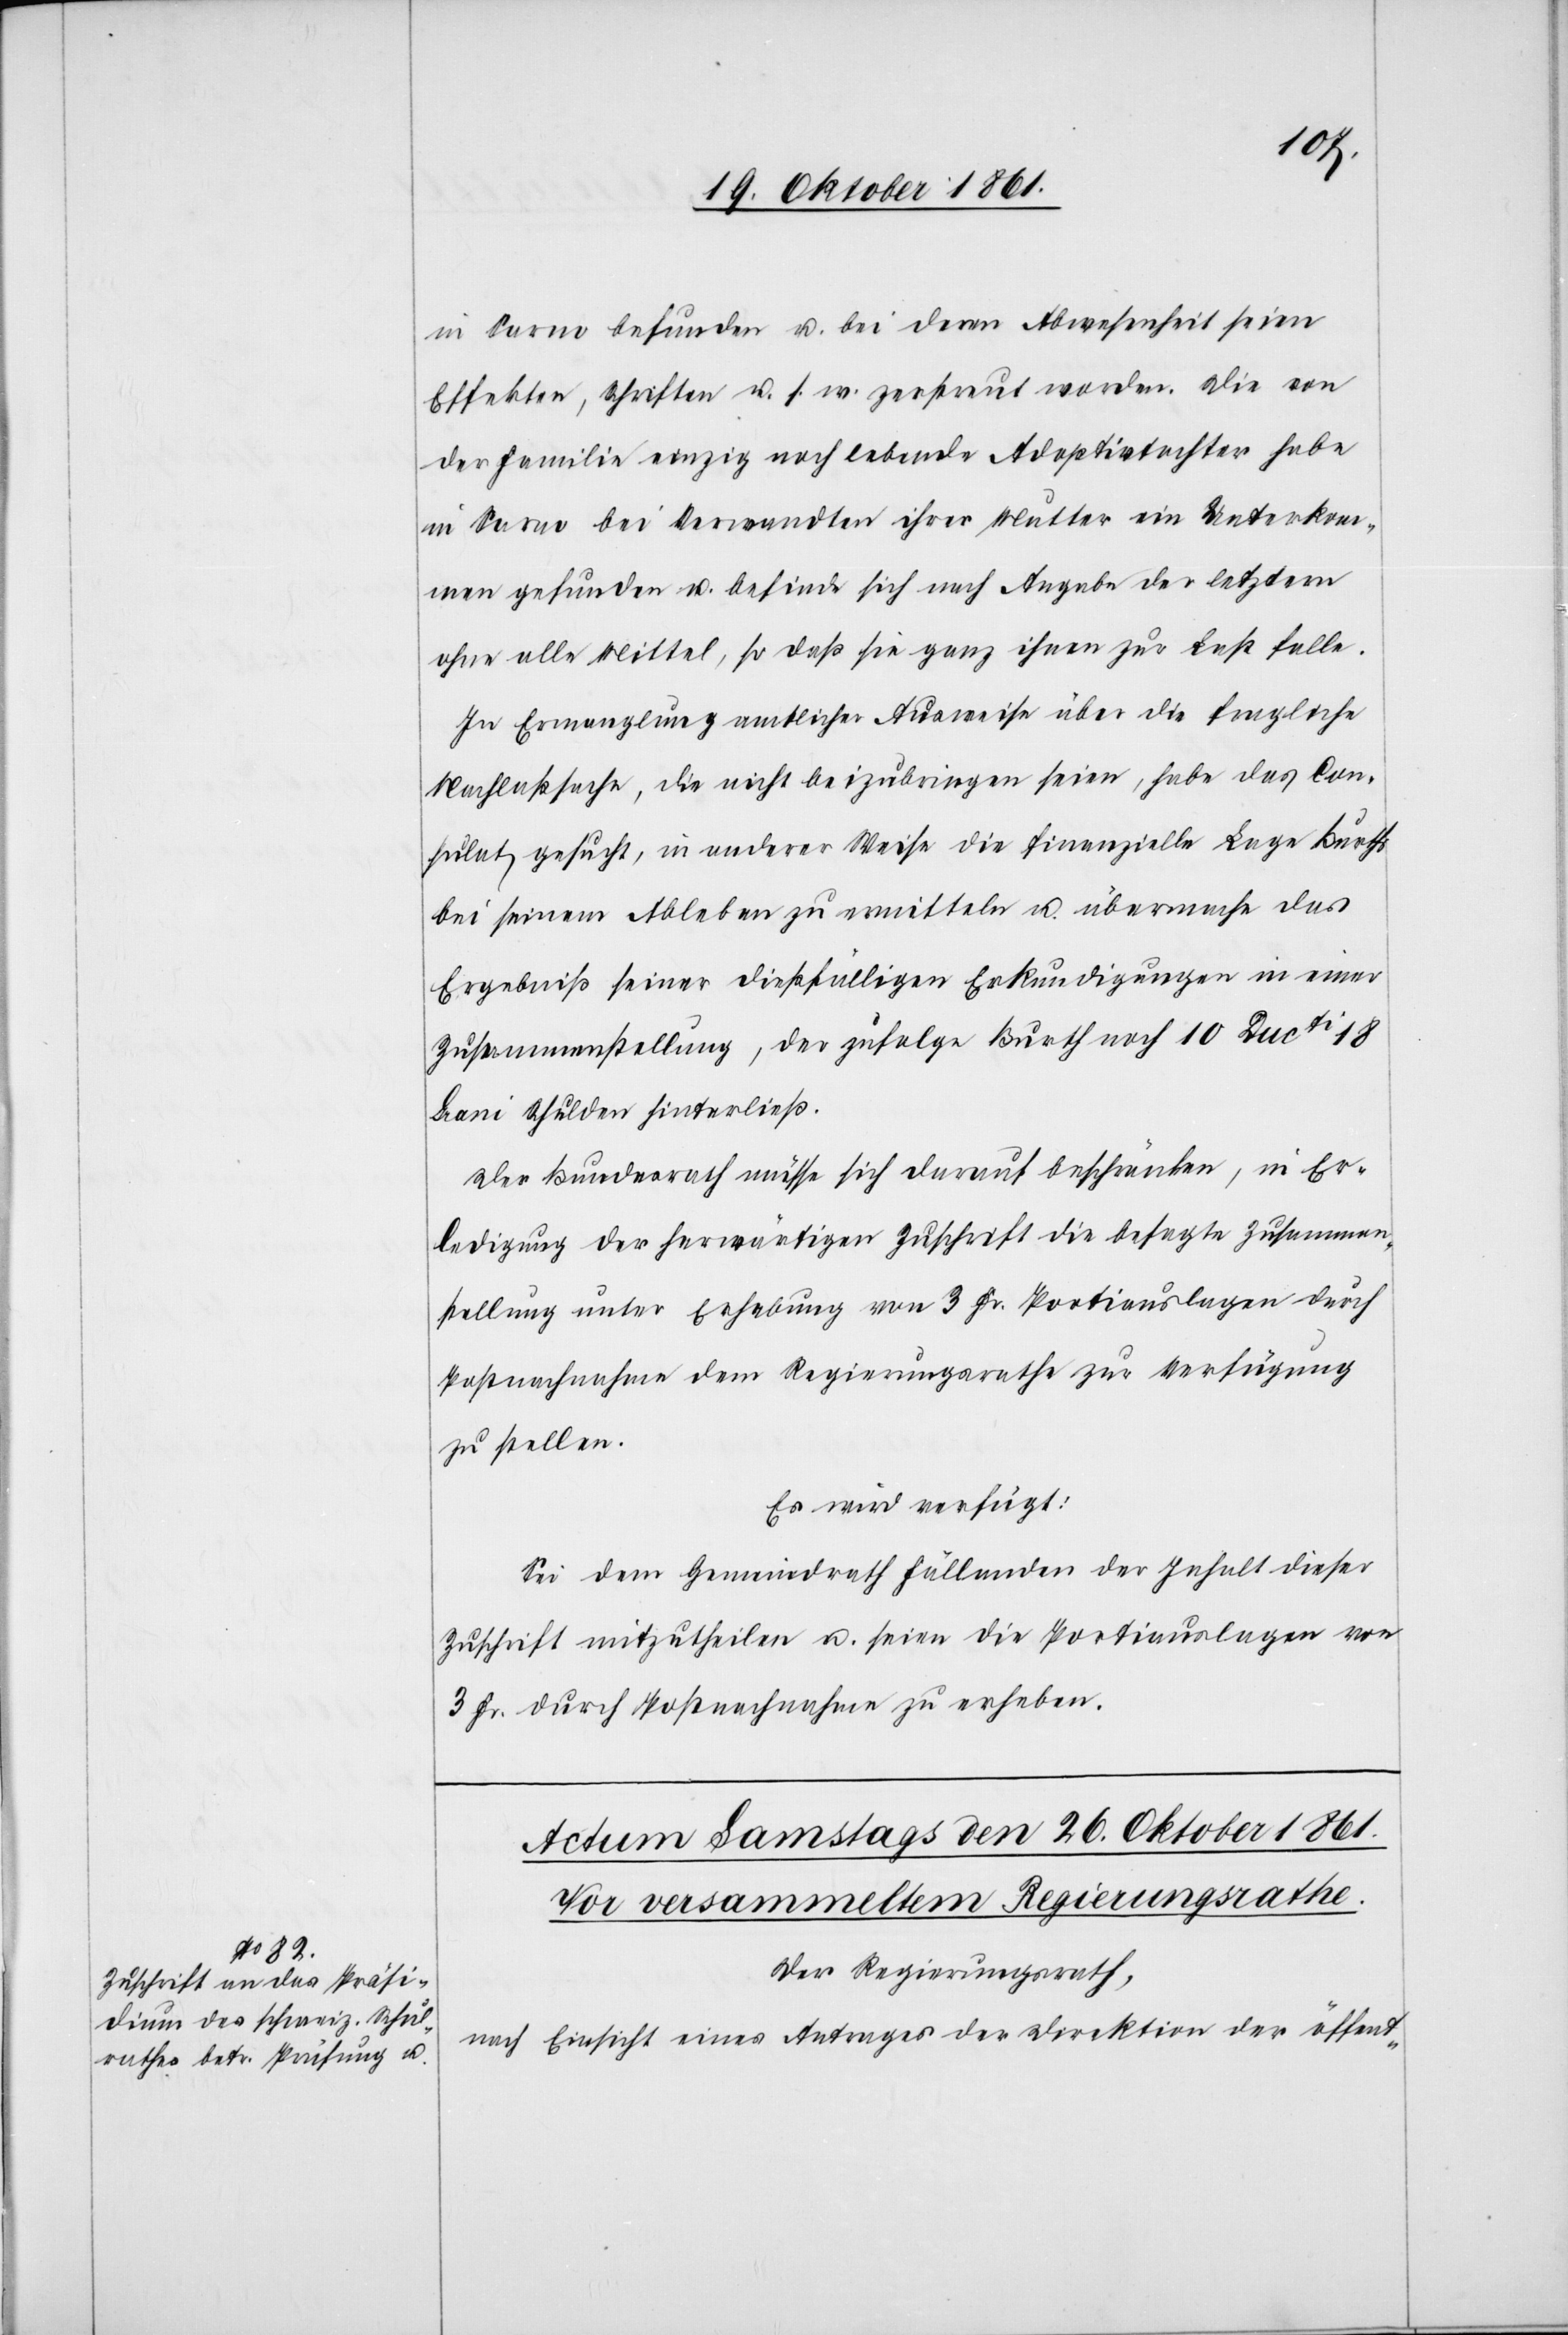
in Sarno befunden u. bei deren Abwesenheit seien
Effekten, Schriften u. s. w. zerstreut worden. Die von
der Familie einzig noch lebende Adoptivtochter habe
in Sarno bei Verwandten ihrer Mutter ein Unterkom¬
men gefunden u. befinde sich nach Angabe der letztern
ohne alle Mittel, so daß sie ganz ihnen zur Last falle.
In Ermangelung amtlicher Ausweise über die fragliche
Nachlaßsache, die nicht beizubringen seien, habe das Con¬
sulat gesucht, in anderer Weise die finanzielle Lage Burths
bei seinem Ableben zu ermitteln u. übermache das
Ergebniß seiner dießfälligen Erkundigungen in einer
Zusammenstellung, der zufolge Burth noch 10 Ducti 18
Lani Schulden hinterließ.
Der Bundesrath müsse sich darauf beschränken, in Er¬
ledigung der herwärtigen Zuschrift die besagte Zusammen¬
stellung unter Erhebung von 3 Fr. Portiauslagen durch
Postnachnahme dem Regierungsrathe zur Verfügung
zustellen.
Es wird verfügt:
Sei dem Gemeindrathe Fällanden der Inhalt dieser
Zuschrift mitzutheilen u. seien die Portiauslagen von
3 Fr. durch Postnachnahme zu erheben.
Der Regierungsrath,
nach Einsicht eines Antrages der Direktion der öffent-